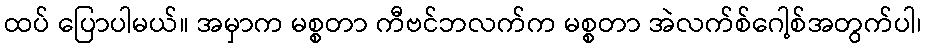
ထပ် ပြောပါမယ်။ အမှာက မစ္စတာ ကီဗင်ဘလက်က မစ္စတာ အဲလက်စ်ဂေါ့စ်အတွက်ပါ၊